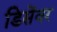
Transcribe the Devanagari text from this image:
डिसेंवर